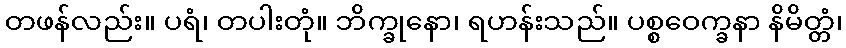
တဖန်လည်း။ ပရံ၊ တပါးတုံ။ ဘိက္ခုနော၊ ရဟန်းသည်။ ပစ္စဝေက္ခနာ နိမိတ္တံ၊